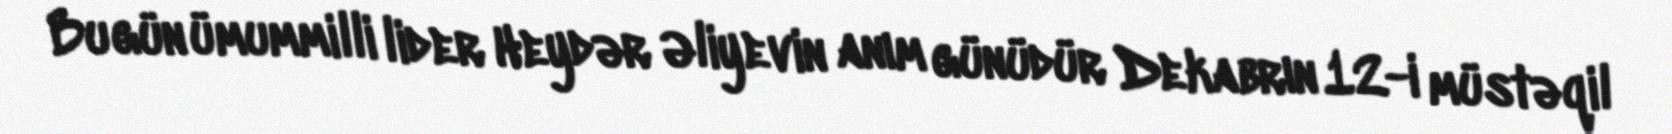
Bu gün ümummilli lider Heydər Əliyevin anım günüdür Dekabrın 12-i müstəqil